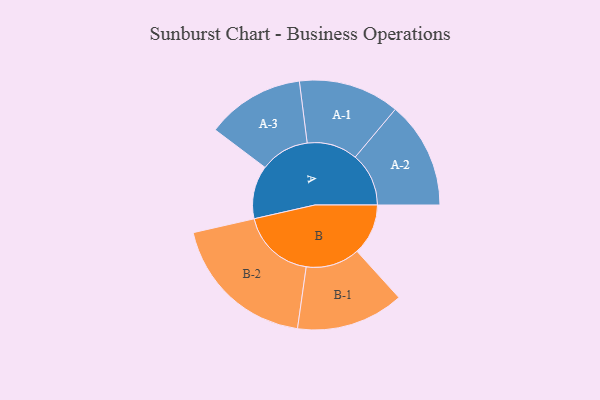
{"axis": {"x": "Segment", "y": "Value"}, "legend": ["", "A", "B"], "data": [{"x": "A", "y": 179, "type": ""}, {"x": "B", "y": 172, "type": ""}, {"x": "A-1", "y": 170, "type": "A"}, {"x": "A-2", "y": 180, "type": "A"}, {"x": "A-3", "y": 165, "type": "A"}, {"x": "B-1", "y": 181, "type": "B"}, {"x": "B-2", "y": 249, "type": "B"}]}